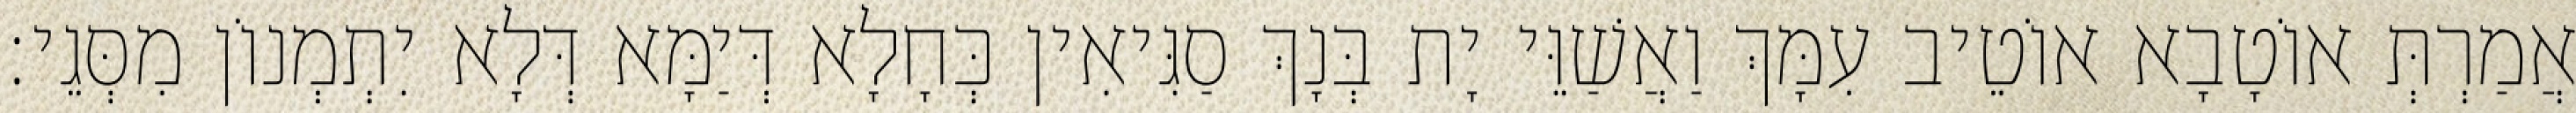
אֲמַרְתְּ אוֹטָבָא אוֹטֵיב עִמָּךְ וַאֲשַׁוֵּי יָת בְּנָךְ סַגִּיאִין כְּחָלָא דְּיַמָּא דְּלָא יִתְמְנוֹן מִסְּגֵי׃